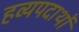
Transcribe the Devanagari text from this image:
हव्यपदार्थों